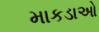
માકડાઓ